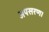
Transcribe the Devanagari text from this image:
अपसरण।